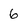
Character: 6